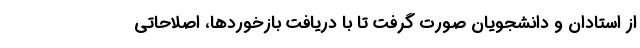
از استادان و دانشجویان صورت گرفت تا با دریافت بازخوردها، اصلاحاتی